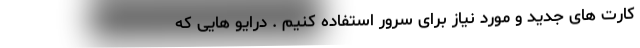
کارت های جدید و مورد نیاز برای سرور استفاده کنیم . درایو هایی که